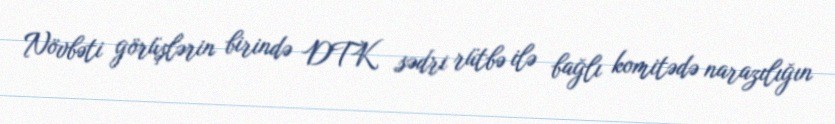
Növbəti görüşlərin birində DTK sədri rütbə ilə bağlı komitədə narazılığın